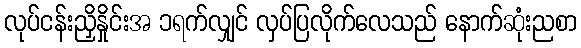
လုပ်ငန်းညှိနှိုင်းအ ၁ရက်လျှင် လှပ်ပြလိုက်လေသည် နောက်ဆုံးညစာ